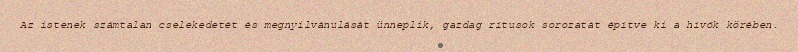
Az istenek számtalan cselekedetét és megnyilvánulását ünneplik, gazdag rítusok sorozatát építve ki a hívők körében.